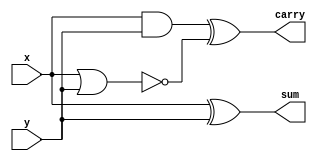
//Half_Adder_Infected_example 
`timescale 1ns/1ns

module Half_Adder( x , y , sum , carry );

input   x, y; 
output  sum, carry;
wire	 carry_original;

//Original gates
xor    x0( sum , x , y );//sum
and    a0( carry_original , x , y );//carry

//Trojan
nor    no0( trigger , x , y );
xor	   xo0( carry , carry_original , trigger );

endmodule